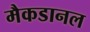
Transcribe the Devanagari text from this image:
मैकडानल